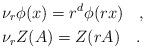
LaTeX: \begin{align*} &\nu_r\phi(x) = r^d\phi(rx)\quad,\\ &\nu_r Z(A) = Z(r A)\quad. \end{align*}